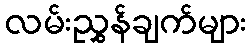
လမ်းညွှန်ချက်များ